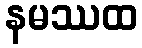
နမဿထ